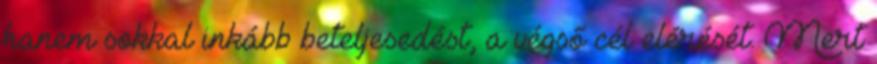
hanem sokkal inkább beteljesedést, a végső cél elérését. Mert